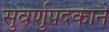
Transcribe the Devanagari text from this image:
सुवर्णुपदकाने